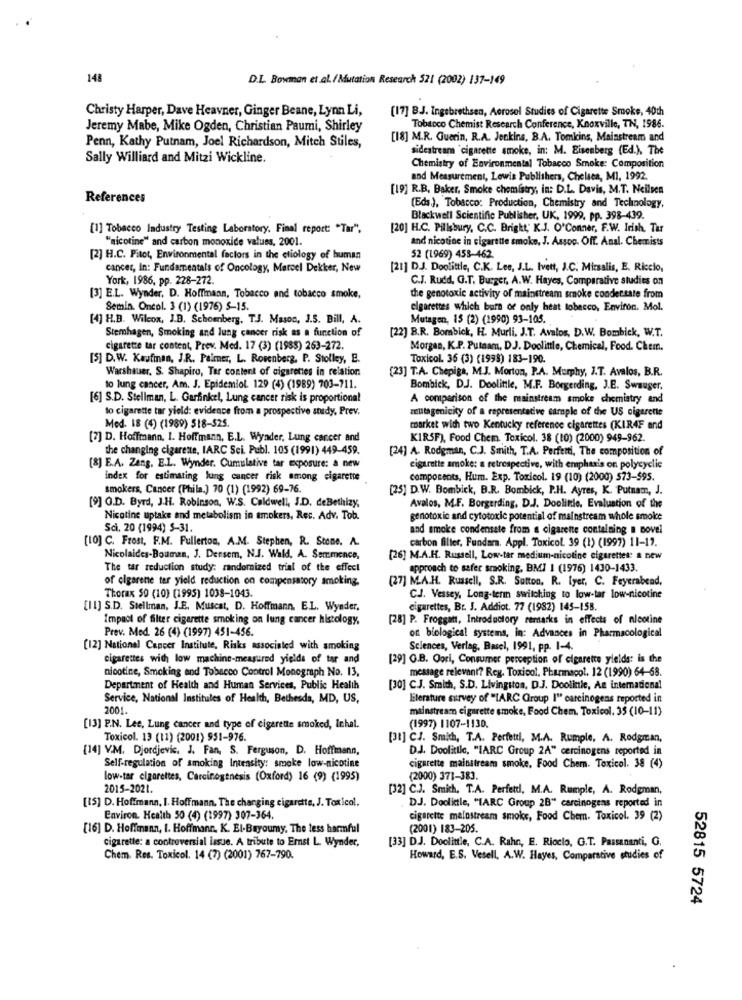
148
D.L. Bowman et al./Mutation Research 521 (2002) 137-149
Christy Harper, Dave Heavner, Ginger Beane, Lynn Li,
[17] BJ. Ingebrethsen, Aerosol Studies of Cigarette Smoke, 40th
Jeremy Mabe, Mike Ogden, Christian Paumi, Shirley
Tobacco Chemist Research Conference, Knoxville, TN, 1986.
Penn, Kathy Putnam, Joel Richardson, Mitch Stiles,
[18] M.R. Guerin, R.A. Jenkins, B.A. Tomkins, Mainstream and
sidestream 'cigarette smoke, in: M. Eisenberg (Ed.), The
Sally Williard and Mitzi Wickline.
Chemistry of Environmental Tobacco Smoke: Composition
and Measurement, Lewis Publishers, Chelsea, MI, 1992.
[19] R.B. Baker, Smoke chemistry, in: D.L. Davis, M.T. Neileen
References
(Eds), Tobacco: Production, Chemistry and Technology,
Blackwell Scientific Publisher, UK, 1999, pp. 398-439.
[1] Tobacco Industry Testing Laboratory. Final report: "Tar",
[20] H.C. Pillsbury, C.C. Bright, K.J. O'Conner, F.W. Irish, Tar
"nicotine" and carbon monoxide values, 2001.
and nicotine in cigarette smoke, J. Assoc. Off. Anal. Chemists
[2] H.C. Pitot, Environmental factors in the etiology of human
52 (1969) 458-462
cancer, in: Fundamentals of Oncology, Marcel Dekker, New
[21] D.J. Doolittle, C.K. Lee, J.L. Ivett, J.C. Mirsalis, E. Riccio,
York, 1986, pp. 228-272.
C.J. Rudd, G.T. Burger, A.W. Hayes, Comparative studies on
[3] E.L. Wynder. D. Hoffmann, Tobacco and tobacco smoke,
the genotoxic activity of mainstream smoke condensate from
Semin. Oncol. 3 (1) (1976) $-15.
cigarettes which burs of only heat tobacco, Environ. Mol.
[4] H.B. Wilcox, J.B. Schoenberg, T.J. Mason, J.S. Bill, A.
Mutagen, 15 (2) (1990) 93-105.
[22] B.R. Bombick, H. Murli, J.T. Avalos, D.W. Bombick, W.T.
Stemhagen, Smoking and lung cancer risk as a function of
cigarette tar content, Prev. Med. 17 (3) (1985) 263-272.
Morgan, K.P. Putnam, DJ. Doolittle, Chemical, Food. Chem.
[5] D.W. Kaufman, J.R. Paimer, L. Rosenberg, P. Stolley, E.
Toxicol. 36 (3) (1998) 183-190.
Warshauer. S. Shapiro, Tar content of cigarettes in relation
[23] T.A. Chepiga, M.J. Morton, P.A. Murphy, J.T. Avalos, B.R.
to lung cancer, Am. J. Epidemiol. 129 (4) (1989) 703-711.
Bombick, DJ. Doolittle, M.F. Borgerding, J.E. Swauger.
[6] S.D. Stellman, L. Garfinkel, Lung cancer risk is proportional
A comparison of the mainstream smoke chemistry and
to cigarette tar yield: evidence from a prospective atedy, Prev.
zeutagenicity of a representative sample of the US cigarette
Med. 18 (4) (1989) 518-525.
market with two Kentucky reference cigarettes (KIR4F and
[7] D. Hoffmann, I. Hoffmann, E.L. Wyader, Lung cancer and
KIRSF), Food Chem. Toxicol. 38 (10) (2000) 949-962.
the changing cigarette, IARC Sci. Publ. 105 (1991) 449-459.
[24] A. Rodgman, C.J. Smith, T.A. Perfetti, The composition of
[8] E.A. Zang. E.L. Wynder. Cumulative tar exposure: a new
cigarette smoke: a retrospective, with emphasis on polycyclic
index for estimating lung cancer risk among cigarette
components, Hum. Exp. Toxicol. 19 (10) (2000) 573-595.
smokers, Cancer (Phila.) 70 (1) (1992) 69-76.
[25] D.W. Bombick, B.R. Bombick, P.H. Ayres, K. Putnam, J.
[9] O.D. Byrd, J.H. Robinson, W.S. Caldwell, J.D. deBethizy,
Avalos, M.F. Borgerding, D.J. Doolinle, Evaluation of the
Nicotine uptake and metabolism in smokers, Rec. Adv. Tob.
genotoxic and cytotoxic potential of mainstream whole smoke
Sci, 20 (1994) 5-31.
and smoke condensate from a cigarette containing a novel
[10] C. Frost, F.M. Fullerton, A.M. Stephen, R. Stone. A.
carbon filter, Fundara. Appl. Toxicol. 39 (1) (1997) 11-17.
Nicolaides-Bouman, J. Dersem, N.J. Wald, A. Semmence,
[26] M.A.H. Russell, Low-tar medium-nicotine cigaretter: a new
The tar reduction study: randomized trial of the effect
approach to safer smoking, BMI I (1976) 1430-1433.
of cigarene ter yield reduction on compensatory smoking.
(27] M.A.H. Russell, S.R. Sutton, R. Iyer, C. Feyerabend,
Thorax 50 (10) (1995) 1038-1043.
CJ. Vessey, Long-term switching to low-tar low-nicotine
[II] S.D. Stellman, J.E. Muscat, D. Hoffmann, EL. Wynder.
cigarettes, Br. J. Addiot. 77 (1982) 145-158.
Impact of filter cigarette smoking on lung cancer histology,
[28] P. Froggatt, Introductory remarks in effects of nicotine
Prev. Med. 26 (4) (1997) 451-456.
on biological systems, in: Advances in Pharmacological
[12] National Cancer Institute, Risks associated with smoking
Sciences, Verlag, Basel, 1991, pp. 1-4.
cigarettes with low machine-measured yields of tar and
[29] Q.B. Oori, Consumer perception of cigarette yields: is the
nicotine, Smoking and Tobacco Control Monograph No. 13.
message relevant? Reg. Toxicol, Pharmacol. 12 (1990) 64-68.
Department of Health and Human Services, Public Health
[30] C.J. Smith, S.D. Livingston, D.J. Doolittle, An international
Service, National Institutes of Health, Bethesda, MD, US,
"literature survey of "[ARC Group I' carcinogens reported in
2001.
mainstream cigarette smoke, Food Chem. Toxicol. 35 (10-11)
[13] P.N. Lee, Lung cancer and type of cigarette smoked, inhal.
(1997) 1107-1130.
Toxicol. 13 (11) (2001) 951-976.
[31] CJ. Smith, T.A. Perfetti, M.A. Rumple, A. Rodgman,
[14] V.M. Djordjevic, J. Fan, S. Ferguson, D. Hoffmann,
DJ. Doolittle, "IARC Group 2A" cercinogens reported in
Self-regulation of smoking Intensity: smoke low-nicotine
cigarette mainstream smoke, Food Chem. Toxicol. 38 (4)
low-tar cigarettes, Carcinogenesis (Oxford) 16 (9) (1995)
(2000) 371-383.
2015-2021.
[32] C.J. Smith, T.A. Perfetti, M.A. Rumple, A. Rodgman,
[15] D. Hoffmann, 1. Hoffmann, The charging cigarette, J. Toxicol.
DJ. Doolittle, "IARC Group 2B" carcinogens reported in
Environ. Health 50 (4) (1997) 307-364.
cigarette malostream smoke, Food Chem. Toxicol. 39 (2)
[16] D. Hoffmann, I. Hoffmann. K. El-Bayoumy, The less harmful
(2001) 183-205.
[33] D.J. Doolittle, C.A. Rahn, E. Riccio, G.T. Passananti, G.
cigarette: a controversial lasue. A tribute to Ernst L. Wynder,
Chem. Res. Toxicol. 14 (7) (2001) 767-790.
Howard, E.S. Vesell, A.W. Hayes, Comparative studies of
52815 5724